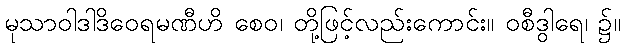
မုသာဝါဒါဒိဝေရမဏီဟိ စေဝ၊ တို့ဖြင့်လည်းကောင်း။ ဝစီဒွါရေ၊ ၌။